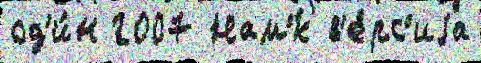
од'и́н 2007 Нам'́к в'е́рс'иjа